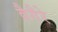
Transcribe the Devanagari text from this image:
वैगैरे